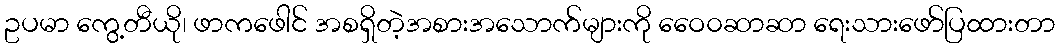
ဥပမာ ကွေ့တီယို၊ ဖာကဖေါင် အစရှိတဲ့အစားအသောက်များကို ဝေေ၀ဆာဆာ ရေးသားဖော်ပြထားတာ